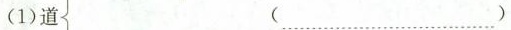
(1) 道 (……)